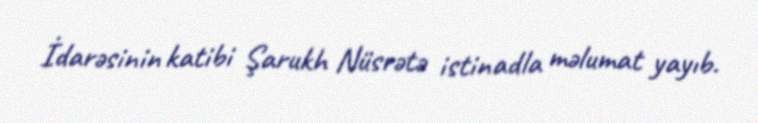
İdarəsinin katibi Şarukh Nüsrətə istinadla məlumat yayıb.